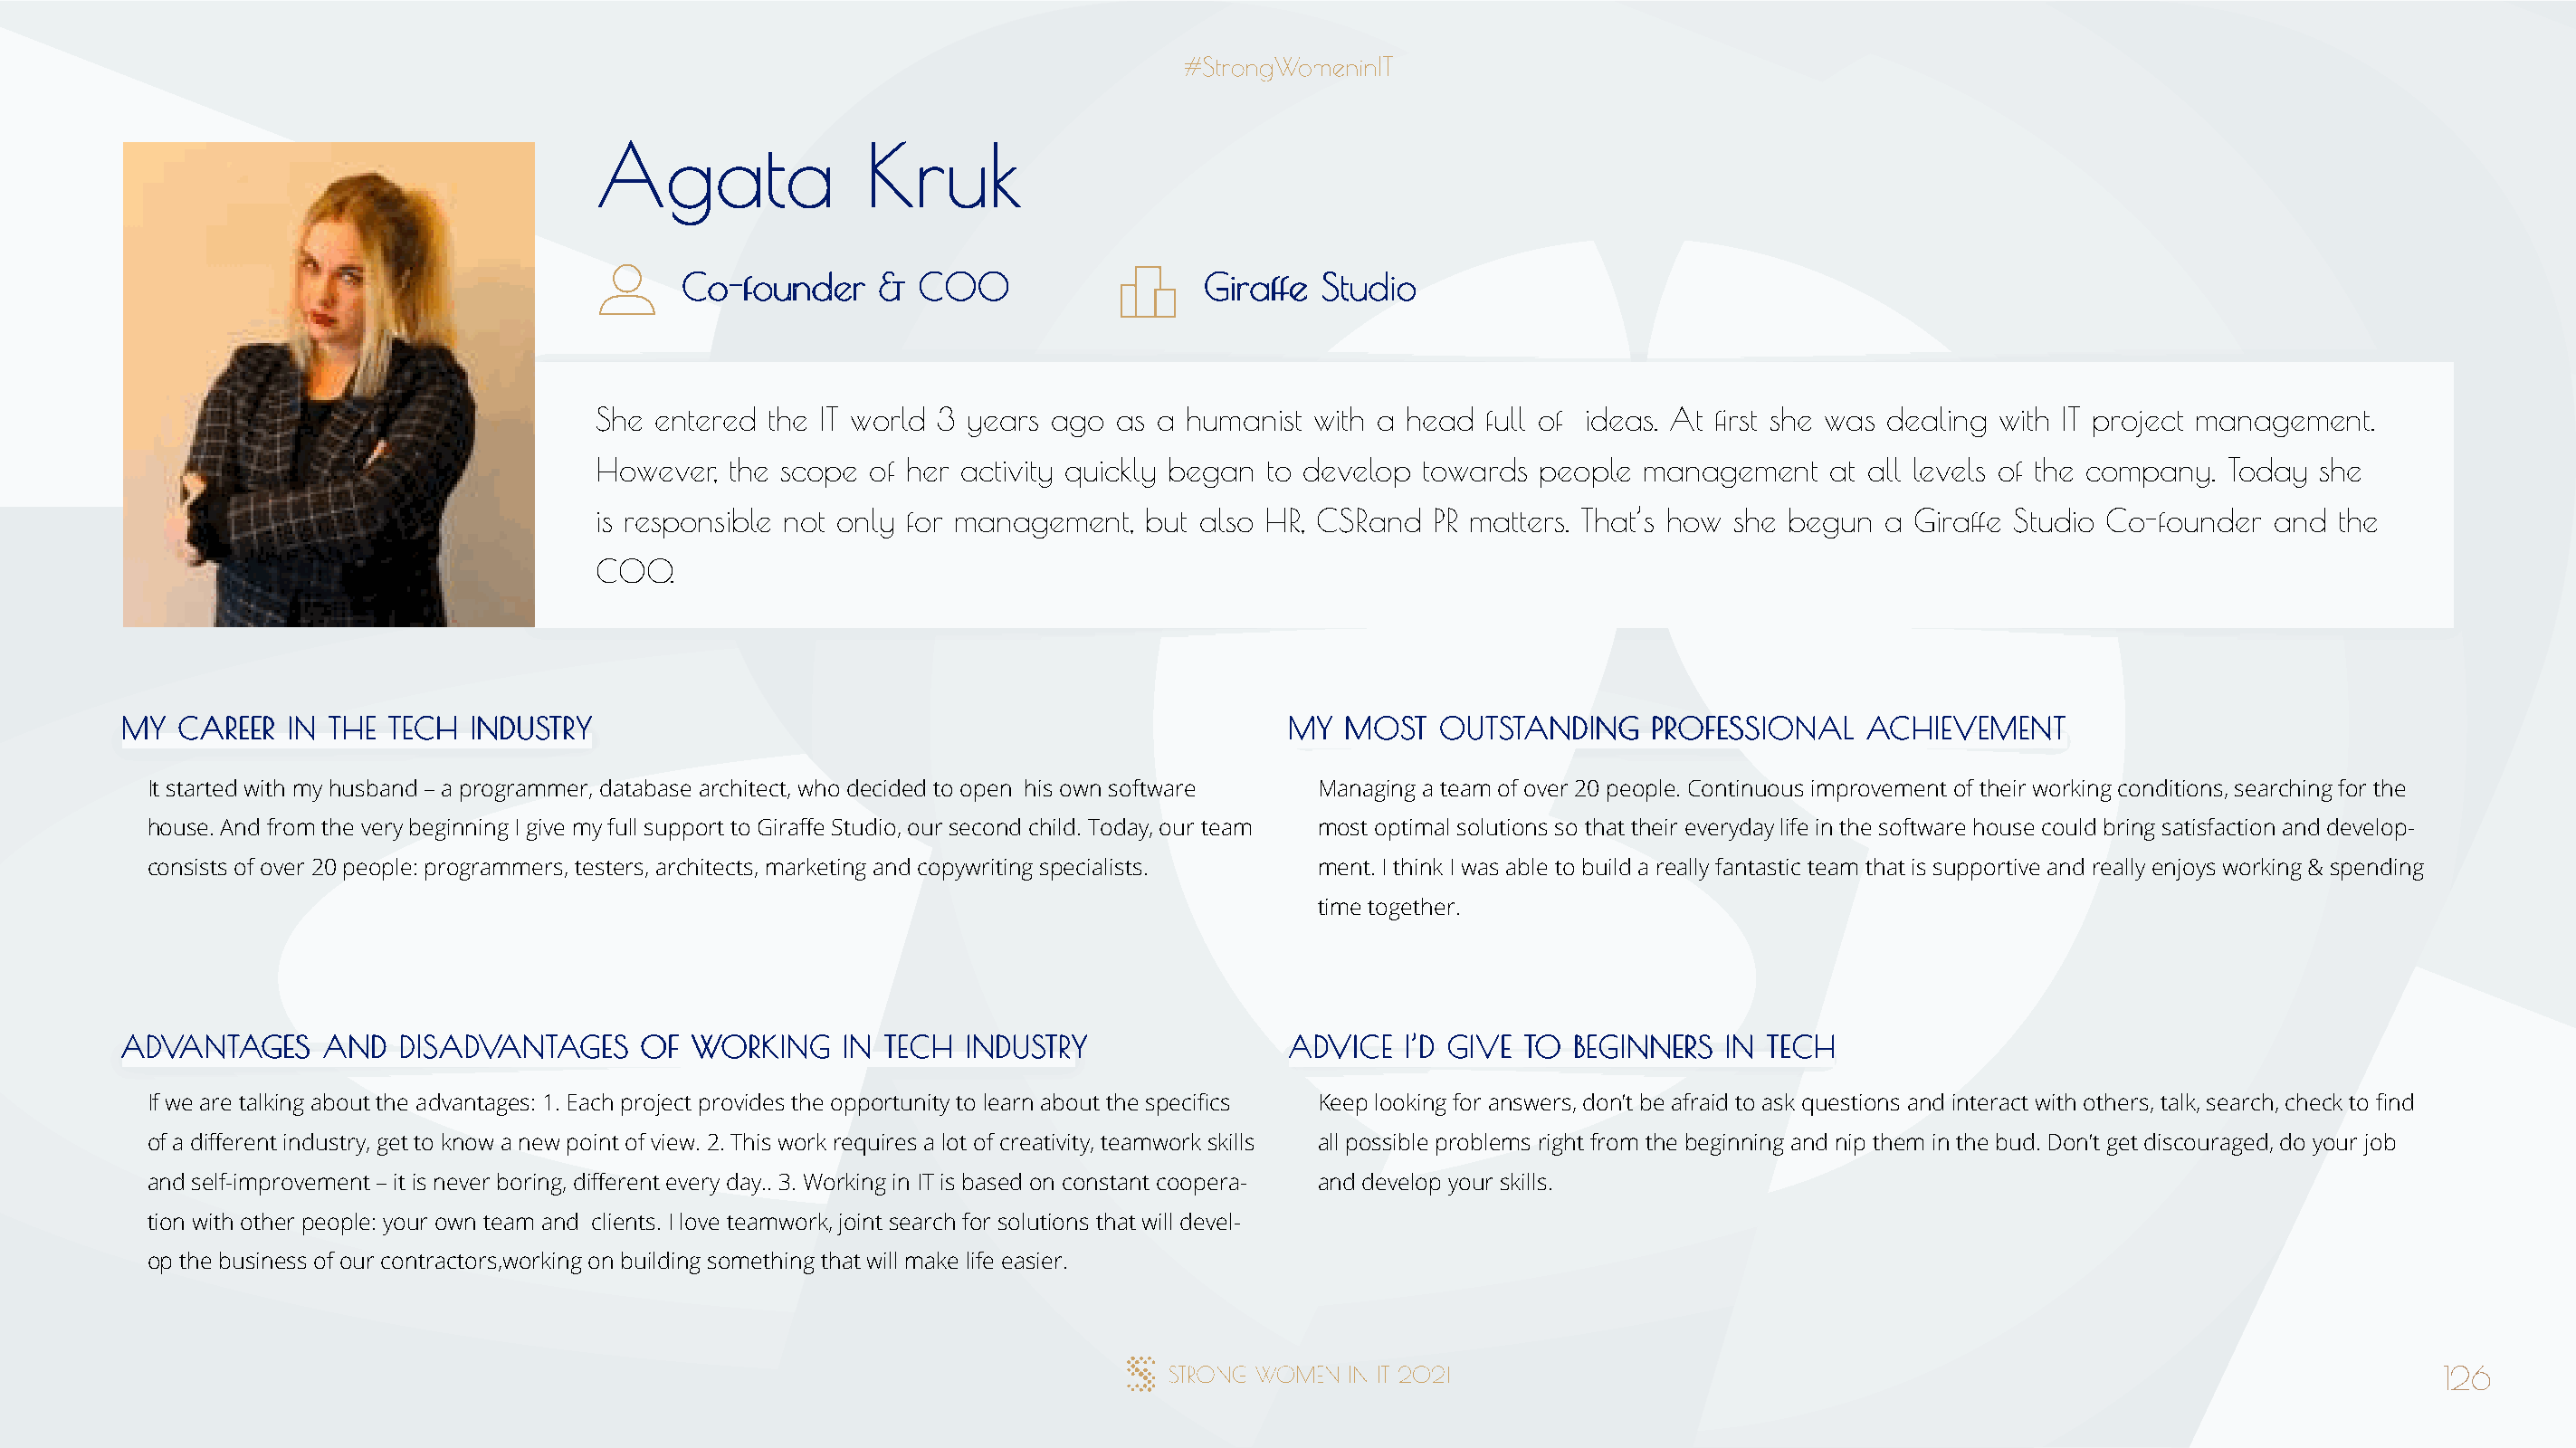
AAggaattaa         KKrruukk
 CCoo--ffoouunnddeerr && CCOOOO        GGiirraaffffee SSttuuddiioo
 She entered the IT world 3 years ago  as a humanist with a head  full of ideas. At first she was dealing with IT project management.
 However, the scope  of her activity quickly began to develop towards people management    at all levels of the company. Today she
 is responsible not only for management, but also HR, CSRand  PR matters. That’s how she begun a Giraffe Studio Co-founder and  the
 COO.
 MMYY CCAARREEEERR IINN TTHHEE TTEECCHH IINNDDUUSSTTRRYY                              MMYY MMOOSSTT OOUUTTSSTTAANNDDIINNGG PPRROOFFEESSSSIIOONNAALL AACCHHIIEEVVEEMMEENNTT
 It started with my husband – a programmer, database architect, who decided to open his own software Managing a team of over 20 people. Continuous improvement of their working conditions, searching for the
 house. And from the very beginning I give my full support to Giraffe Studio, our second child. Today, our team most optimal solutions so that their everyday life in the software house could bring satisfaction and develop-
 consists of over 20 people: programmers, testers, architects, marketing and copywriting specialists. ment. I think I was able to build a really fantastic team that is supportive and really enjoys working & spending
 time together.
 AADDVVAANNTTAAGGEESS AANNDD DDIISSAADDVVAANNTTAAGGEESS OOFF WWOORRKKIINNGG IINN TTEECCHH IINNDDUUSSTTRRYY AADDVVIICCEE II’’DD GGIIVVEE TTOO BBEEGGIINNNNEERRSS IINN TTEECCHH
 If we are talking about the advantages: 1. Each project provides the opportunity to learn about the specifics Keep looking for answers, don’t be afraid to ask questions and interact with others, talk, search, check to find
 of a different industry, get to know a new point of view. 2. This work requires a lot of creativity, teamwork skills all possible problems right from the beginning and nip them in the bud. Don’t get discouraged, do your job
 and self-improvement – it is never boring, different every day.. 3. Working in IT is based on constant coopera- and develop your skills.
 tion with other people: your own team and clients. I love teamwork, joint search for solutions that will devel-
 op the business of our contractors,working on building something that will make life easier.
 126